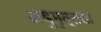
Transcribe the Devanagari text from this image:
अडुमुत्तडा